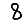
Digit: 8